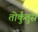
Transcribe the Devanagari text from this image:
तोर्कुंतुस